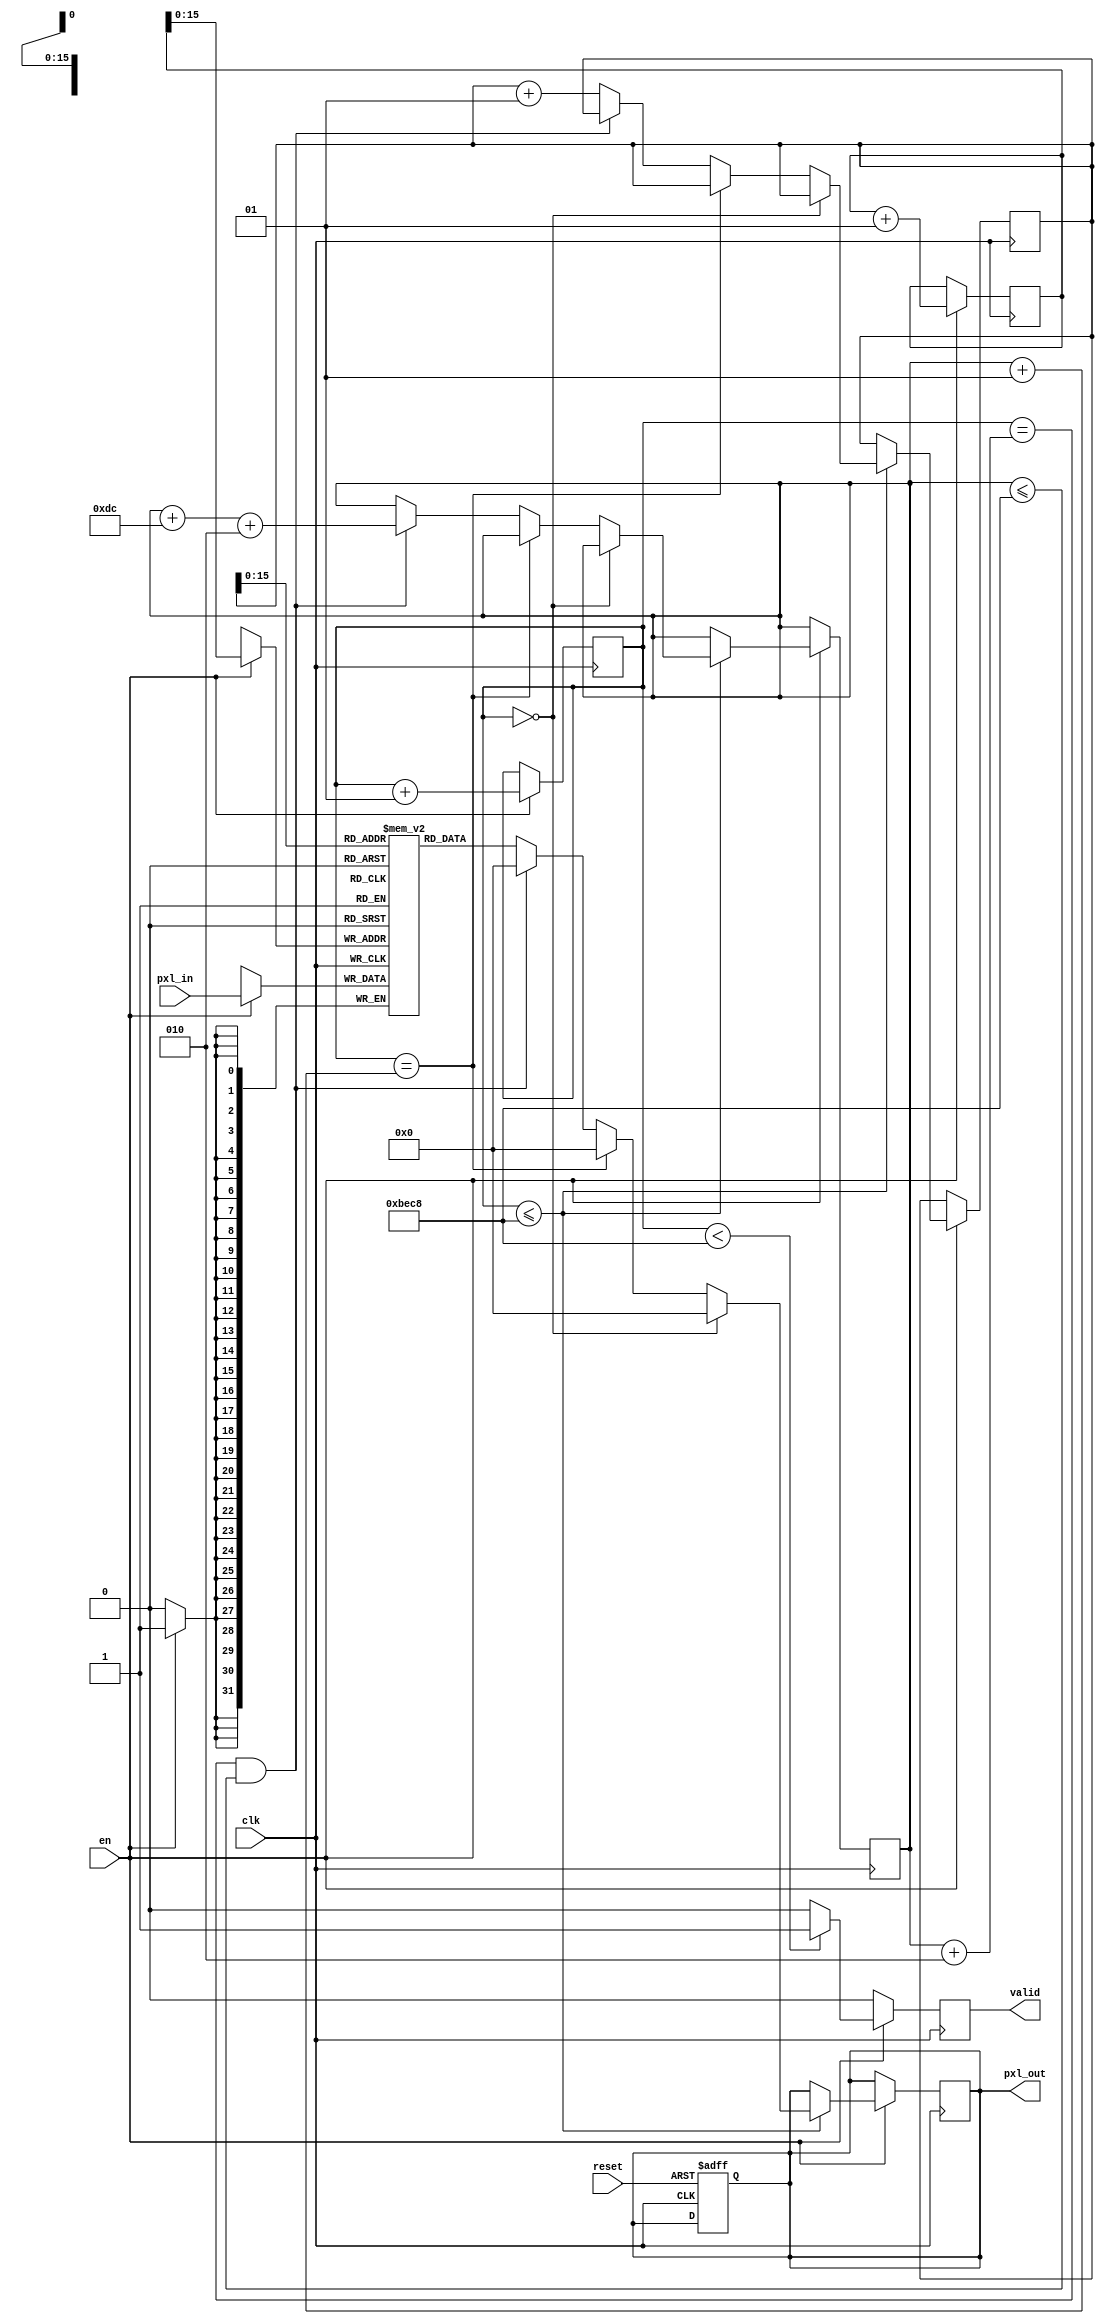
module padding_13
  #(parameter D = 220,
    parameter DATA_WIDTH = 32)
    (
    	input clk,
    	input reset,
    	input en,
    	input [DATA_WIDTH-1:0] pxl_in,

   	output  [DATA_WIDTH-1:0] pxl_out,
   	output  valid
    );
        //debug
    wire  [DATA_WIDTH-1:0] test_in;
    
    parameter W = D;
    parameter H = D;
    parameter T = W * H;
    
    integer i = 0;
    integer g = 0;
    integer j = W;
    integer x = 0;
    
    reg [DATA_WIDTH-1:0] tmp;
    reg [DATA_WIDTH-1:0]memory[T-1:0];
    
always @(posedge clk, posedge reset)begin
  if(reset)begin
    tmp <= 0; 
  end
end 
  
always @(posedge clk)begin
  if(en)begin
    memory[g] <= pxl_in;
    g <= g+1;
  end
end

always @(posedge clk)begin
  if(en)begin
    if(i <= (((W+2)*H)) )begin
        if(i == 0)
           tmp <= 0;      
        else if(i == (j+1))
           tmp <= 0;
        else if(i == (j+2) && j <= (((W+2)*H)) )begin
           tmp <= 0;
           j <= j+W+2;
         end
        else begin
            tmp <= memory[x];
            x <= x + 1;
        end
    end
    i <= i+1;

    end
end

reg tmp_valid; 
  
always @(posedge clk)begin
  if(en)begin
    if(i < (((W+2)*H)) )begin
      tmp_valid <= 1;
    end
    else 
      tmp_valid <= 0;  
  end 
  else
    tmp_valid <= 0;  
 end
assign valid = tmp_valid;
assign test_in = memory[x];
assign pxl_out = tmp;

endmodule